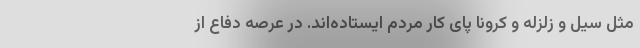
مثل سیل و زلزله و کرونا پای کار مردم ایستاده‌اند. در عرصه دفاع از